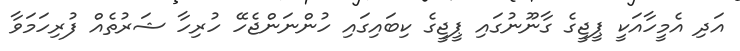
އަދި އެމީހާއަކީ ޕީޖީގެ ގާނޫނުގައި ޕީޖީގެ ކިބައިގައި ހުންނަންޖެހޭ ހުރިހާ ޝަރުތެއް ފުރިހަމަވާ